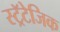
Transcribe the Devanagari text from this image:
स्ट्रॅटेजिक